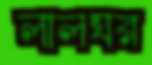
লালঘর